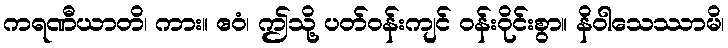
ကရဏီယာတိ၊ ကား။ ဧဝံ၊ ဤသို့ ပတ်ဝန်းကျင် ဝန်းဝိုင်းစွာ။ နိဝါသေဿာမိ၊